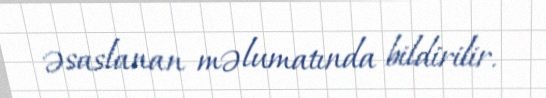
əsaslanan məlumatında bildirilir.